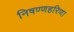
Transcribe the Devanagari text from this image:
निषण्णहरिणा